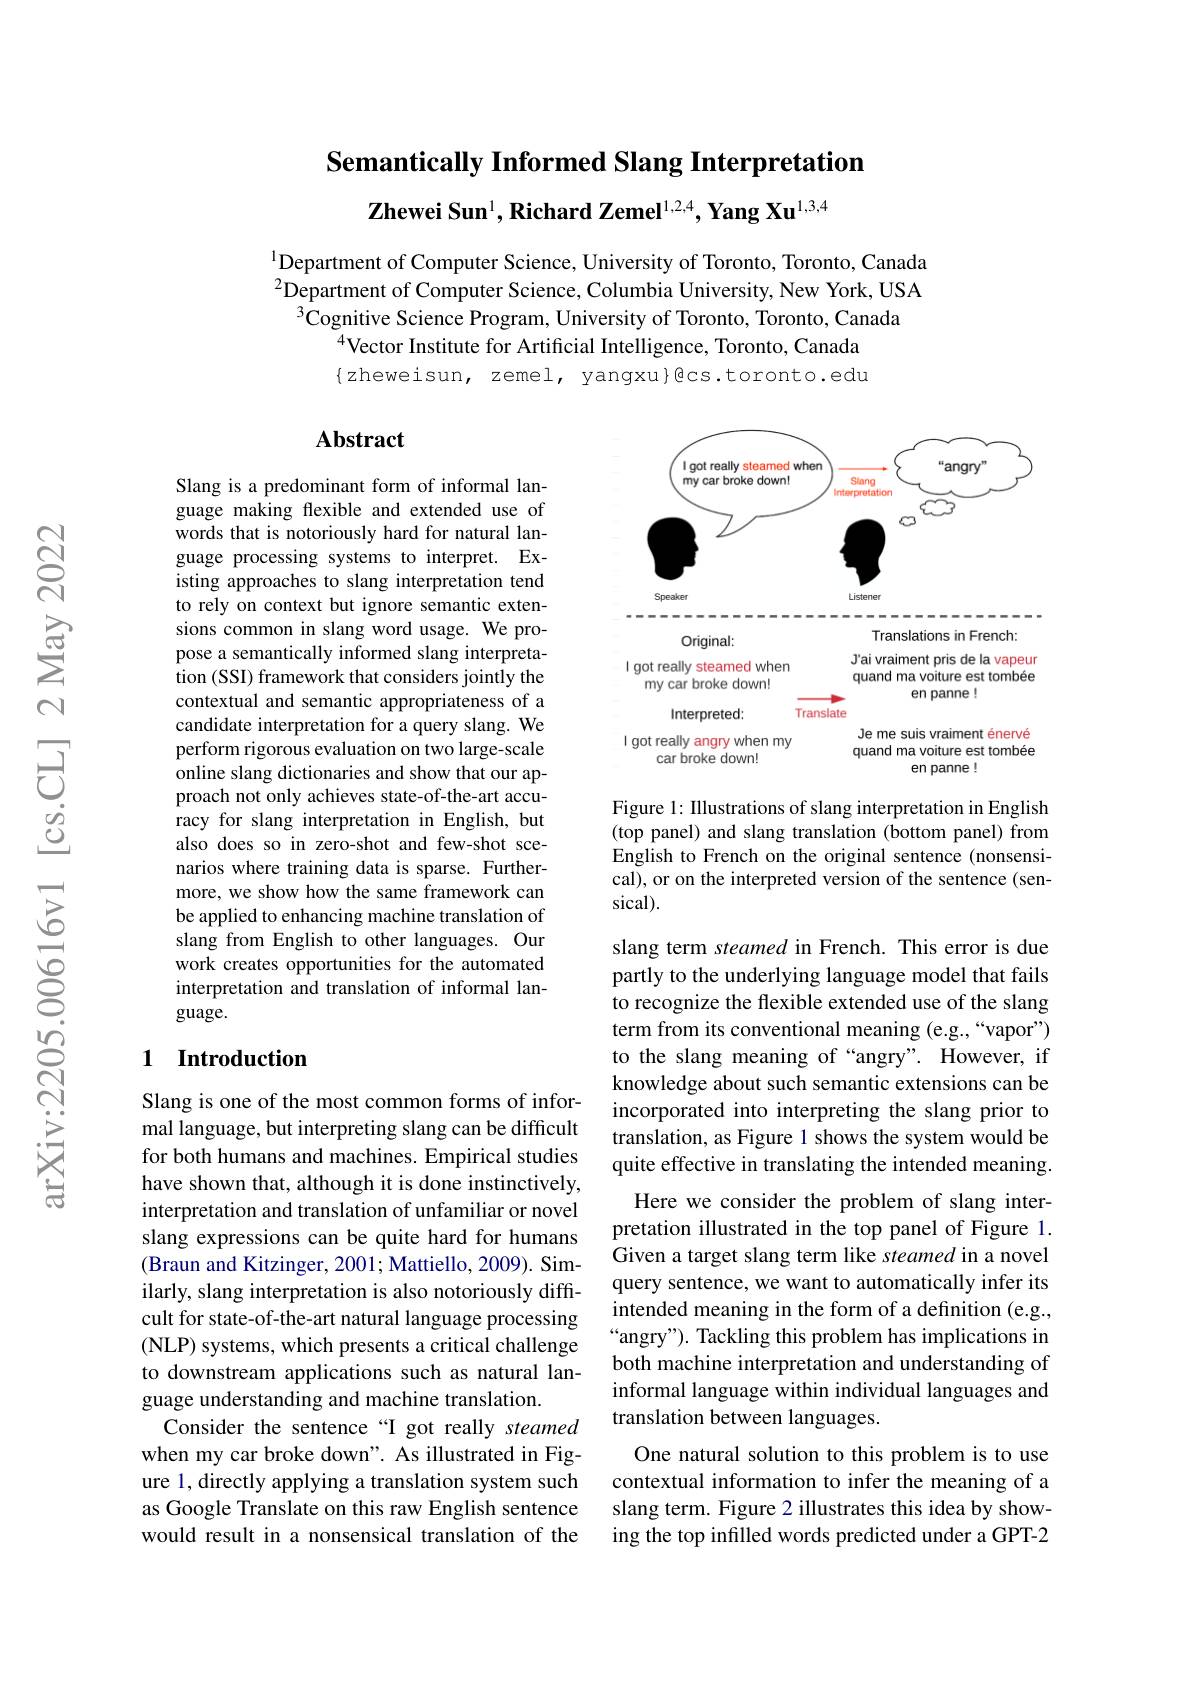
Semantically Informed Slang Interpretation
Zhewei Sun$^{1}$, Richard Zemel$^{1,2,4}$, Yang Xu$^{1,3,4}$

$^{1}$Department of Computer Science, University of Toronto, Toronto, Canada $^{2}$Department of Computer Science, Columbia University, New York, USA
$^{3}$Cognitive Science Program, University of Toronto, Toronto, Canada
$^{4}$Vector Institute for Artificial Intelligence, Toronto, Canada $\{$zheweisun, zemel, yangxu}@cs.toronto.edu

## Abstract

Slang is a predominant form of informal language making flexible and extended use of words that is notoriously hard for natural language processing systems to interpret. Existing approaches to slang interpretation tend to rely on context but ignore semantic extensions common in slang word usage. We propose a semantically informed slang interpretation (SSI) framework that considers jointly the contextual and semantic appropriateness of a candidate interpretation for a query slang. We perform rigorous evaluation on two large-scale online slang dictionaries and show that our approach not only achieves state-of-the-art accuracy for slang interpretation in English, but also does so in zero-shot and few-shot scenarios where training data is sparse. Furthermore, we show how the same framework can be applied to enhancing machine translation of slang from English to other languages. Our work creates opportunities for the automated interpretation and translation of informal language.

## 1 Introduction

Slang is one of the most common forms of informal language, but interpreting slang can be difficult for both humans and machines. Empirical studies have shown that, although it is done instinctively, interpretation and translation of unfamiliar or novel slang expressions can be quite hard for humans (Braun and Kitzinger, 2001; Mattiello, 2009). Similarly, slang interpretation is also notoriously difficult for state-of-the-art natural language processing (NLP) systems, which presents a critical challenge to downstream applications such as natural language understanding and machine translation.
Consider the sentence“I got really steamed when my car broke down". As illustrated in Figure 1, directly applying a translation system such as Google Translate on this raw English sentence would result in a nonsensical translation of the

<FigureHere>

Figure 1: IIlustrations of slang interpretation in English (top panel) and slang translation (bottom panel) from English to French on the original sentence (nonsensical), or on the interpreted version of the sentence (sensical).

slang term steamed in French. This error is due partly to the underlying language model that fails to recognize the flexible extended use of the slang term from its conventional meaning (e.g.,“vapor”) to the slang meaning of “angry”. However, if knowledge about such semantic extensions can be incorporated into interpreting the slang prior to translation, as Figure 1 shows the system would be quite effective in translating the intended meaning.
Here we consider the problem of slang interpretation illustrated in the top panel of Figure 1. Given a target slang term like steamed in a novel query sentence, we want to automatically infer its intended meaning in the form of a definition (e.g., “angry”). Tackling this problem has implications in both machine interpretation and understanding of informal language within individual languages and translation between languages.
One natural solution to this problem is to use contextual information to infer the meaning of a slang term. Figure 2 illustrates this idea by showing the top infilled words predicted under a GPT-2